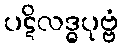
ပဋိလဒ္ဓပုဗ္ဗံ